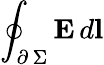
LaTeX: \oint_{\scriptstyle\partial\, \Sigma}\textbf{E}\, d\textbf{l}